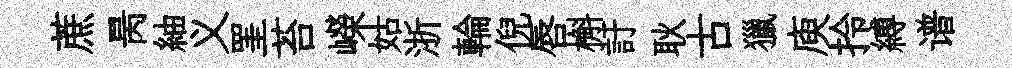
蔗昺紬义罣苔嶸姑浙輪倪唇槲訏耿古獵庾拎縛谱